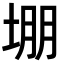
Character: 堋